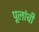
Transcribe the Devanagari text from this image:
पूलांची